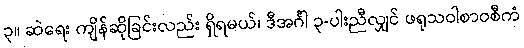
၃။ ဆဲရေး ကျိန်ဆိုခြင်းလည်း ရှိရမယ်၊ ဒီအင်္ဂါ ၃-ပါးညီလျှင် ဖရုသဝါစာဝစီကံ